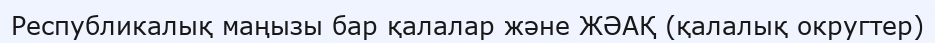
Республикалық маңызы бар қалалар және ЖӘАҚ (қалалық округтер)